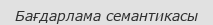
Бағдарлама семантикасы